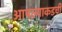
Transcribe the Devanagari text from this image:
आपल्याकडची